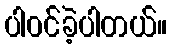
ပါ၀င်ခဲ့ပါတယ်။